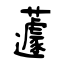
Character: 蘧